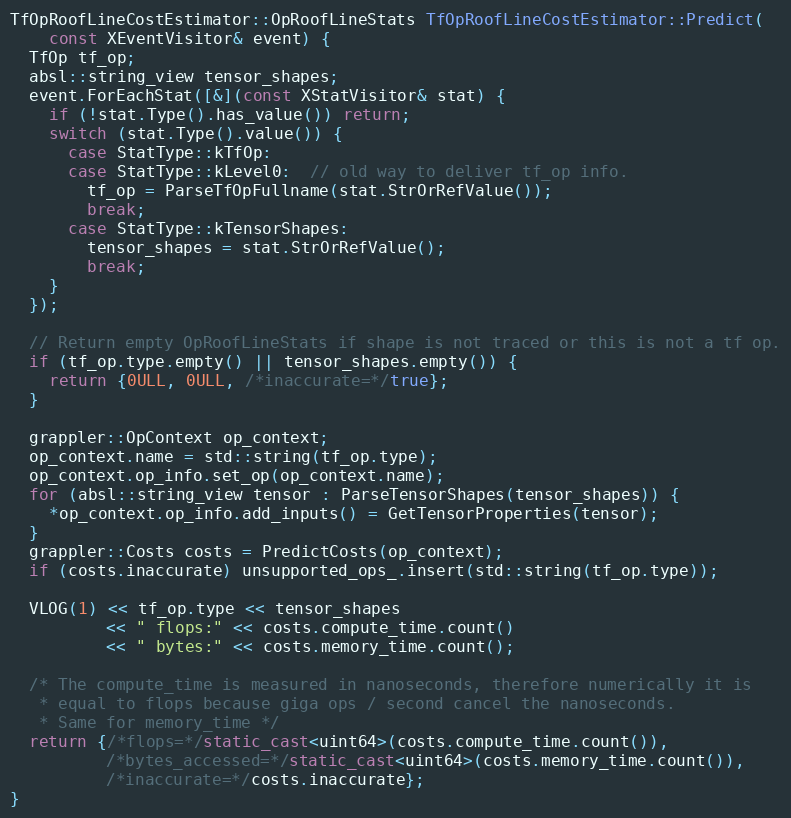
Language: C++
TfOpRoofLineCostEstimator::OpRoofLineStats TfOpRoofLineCostEstimator::Predict(
    const XEventVisitor& event) {
  TfOp tf_op;
  absl::string_view tensor_shapes;
  event.ForEachStat([&](const XStatVisitor& stat) {
    if (!stat.Type().has_value()) return;
    switch (stat.Type().value()) {
      case StatType::kTfOp:
      case StatType::kLevel0:  // old way to deliver tf_op info.
        tf_op = ParseTfOpFullname(stat.StrOrRefValue());
        break;
      case StatType::kTensorShapes:
        tensor_shapes = stat.StrOrRefValue();
        break;
    }
  });

  // Return empty OpRoofLineStats if shape is not traced or this is not a tf op.
  if (tf_op.type.empty() || tensor_shapes.empty()) {
    return {0ULL, 0ULL, /*inaccurate=*/true};
  }

  grappler::OpContext op_context;
  op_context.name = std::string(tf_op.type);
  op_context.op_info.set_op(op_context.name);
  for (absl::string_view tensor : ParseTensorShapes(tensor_shapes)) {
    *op_context.op_info.add_inputs() = GetTensorProperties(tensor);
  }
  grappler::Costs costs = PredictCosts(op_context);
  if (costs.inaccurate) unsupported_ops_.insert(std::string(tf_op.type));

  VLOG(1) << tf_op.type << tensor_shapes
          << " flops:" << costs.compute_time.count()
          << " bytes:" << costs.memory_time.count();

  /* The compute_time is measured in nanoseconds, therefore numerically it is
   * equal to flops because giga ops / second cancel the nanoseconds.
   * Same for memory_time */
  return {/*flops=*/static_cast<uint64>(costs.compute_time.count()),
          /*bytes_accessed=*/static_cast<uint64>(costs.memory_time.count()),
          /*inaccurate=*/costs.inaccurate};
}